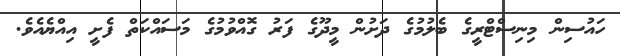
ހައުސިން މިނިސްޓްރީގެ ބެލުމުގެ ދަށުން މީދޫގެ ފަރު ގޮއްވުމުގެ މަސައްކަތް ފެށީ އިއްޔެއެވެ.